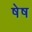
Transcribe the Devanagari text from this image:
षेष